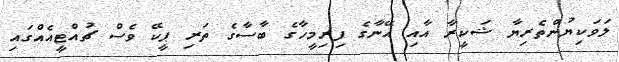
ލަވަކިޔުންތެރިޔާ ޝަކީރާ އާއި އޭނާގެ ފިރިމީހާގެ ބާސާގެ ތަރި ޕީކޭ ވެސް ޗުއްޓީއެއްގައި